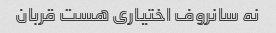
نه سانروف اختیاری هست قربان